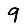
Digit: 9